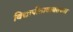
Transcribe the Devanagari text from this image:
विद्यापीठाबाबतच्या